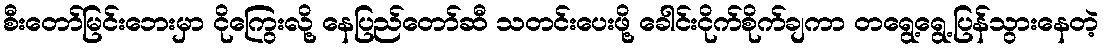
စီးတော်မြင်းဘေးမှာ ငိုကြွေးလို့ နေပြည်တော်ဆီ သတင်းပေးဖို့ ခေါင်းငိုက်စိုက်ချကာ တရွေ့ရွေ့ပြန်သွားနေတဲ့